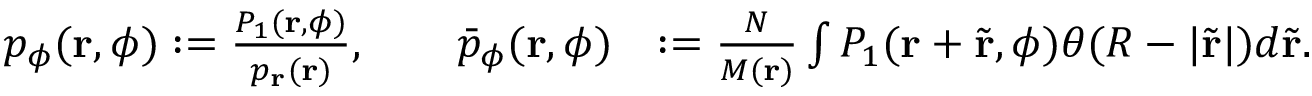
\begin{array} { r l } { p _ { \phi } ( \mathbf { r } , \phi ) : = \frac { P _ { 1 } ( \mathbf { r } , \phi ) } { p _ { \mathbf { r } } ( \mathbf { r } ) } , \qquad \bar { p } _ { \phi } ( \mathbf { r } , \phi ) } & { : = \frac { N } { M ( \mathbf { r } ) } \int P _ { 1 } ( \mathbf { r } + \tilde { \mathbf { r } } , \phi ) \theta ( R - | \tilde { \mathbf { r } } | ) d \tilde { \mathbf { r } } . } \end{array}